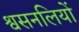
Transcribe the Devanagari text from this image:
श्वसनलियों